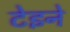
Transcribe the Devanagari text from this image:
टेइने